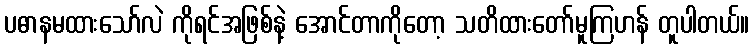
ပဓာနမထားသော်လဲ ကိုရင်အဖြစ်နဲ့ အောင်တာကိုတော့ သတိထားတော်မူကြဟန် တူပါတယ်။